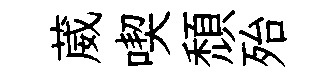
葳喫頹殆